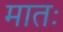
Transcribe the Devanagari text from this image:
मातः